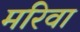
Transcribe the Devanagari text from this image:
मरिवा